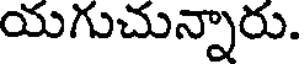
యగుచున్నారు.